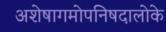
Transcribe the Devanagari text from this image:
अशेषागमोपनिषदालोके